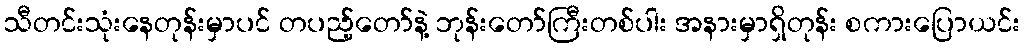
သီတင်းသုံးနေတုန်းမှာပင် တပည့်တော်နဲ့ ဘုန်းတော်ကြီးတစ်ပါး အနားမှာရှိတုန်း စကားပြောယင်း